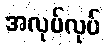
အလုပ်လုပ်